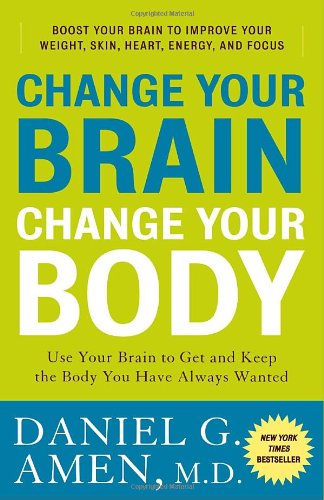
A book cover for Change Your Brain, Change Your Body: Use Your Brain to Get and Keep the Body You Have Always Wanted; Daniel G. Amen; Medical Books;